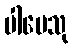
ပါပေသု